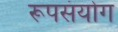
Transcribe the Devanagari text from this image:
रूपसंयोग